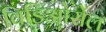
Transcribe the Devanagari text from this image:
विडिओसेल